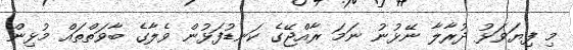
މި ފިޔަވަޅު ދުރާލާ ނޭޅުނު ނަމަ ރާއްޖޭގެ ކަނޑުފަޅުން ވެލާގެ ބާވަތްތައް މުޅިން